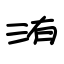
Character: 洧